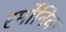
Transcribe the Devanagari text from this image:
हर्मोनिक